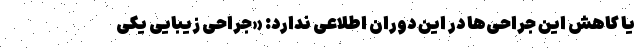
یا کاهش این جراحی‌ها در این دوران اطلاعی ندارد: «جراحی زیبایی یکی